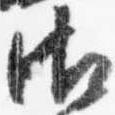
御